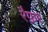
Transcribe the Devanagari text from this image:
रैफ़र